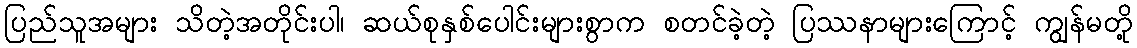
ပြည်သူအများ သိတဲ့အတိုင်းပါ၊ ဆယ်စုနှစ်ပေါင်းများစွာက စတင်ခဲ့တဲ့ ပြဿနာများကြောင့် ကျွန်မတို့